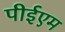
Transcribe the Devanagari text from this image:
पीईएम